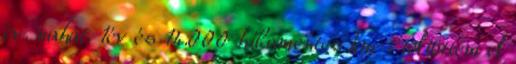
év. nahát. 1év és 14.000 hibamentes km-t töltöttem el